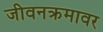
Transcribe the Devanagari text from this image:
जीवनक्रमावर